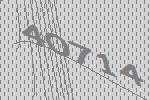
40714